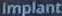
Implant